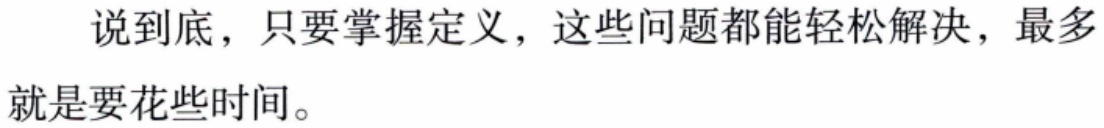
说到底，只要掌握定义，这些问题都能轻松解决，最多就是要花些时间。